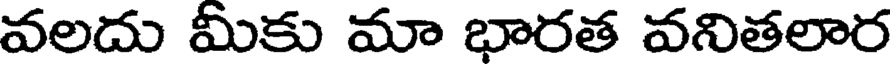
వలదు మీకు మా భారత వనితలార